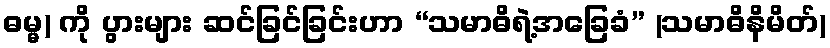
ဓမ္မ) ကို ပွားများ ဆင်ခြင်ခြင်းဟာ “သမာဓိရဲ့အခြေခံ” (သမာဓိနိမိတ်)